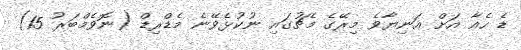
ޑެ ހެއާ އަށް އަނިޔާވެ މިރޭގެ މެޗުގައި ނުކުޅެވޭނެ މެޑްރިޑް (ނޮވެމްބަރު 15)